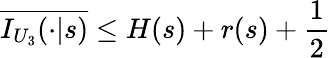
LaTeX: \overline{{{I_{U_{3}}(\cdot|s)}}}\leq H(s)+r(s)+\frac{1}{2}